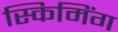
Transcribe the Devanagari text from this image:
स्किमिंग